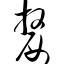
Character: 嫠